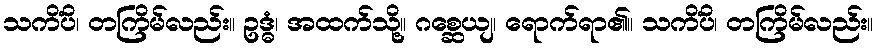
သကိံပိ၊ တကြိမ်လည်း။ ဥဒ္ဓံ၊ အထက်သို့။ ဂစ္ဆေယျ၊ ရောက်ရာ၏။ သကိံပိ၊ တကြိမ်လည်း။